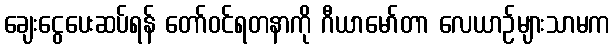
ချေးငွေပေးဆပ်ရန် တော်ဝင်ရတနာကို ဂီယာမော်တာ လေယာဉ်များသာမက